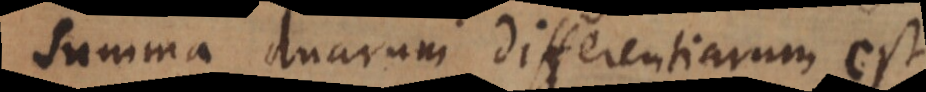
Summa duarum differentiarum est